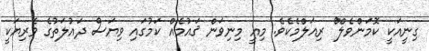
ގިނީއަކީ ކޮމަންވެލް^ް ރިއަލްމެކެވެ. މިއީ މިނިވަން ޤައުމެއް ކަމުގައި ވިޔަސް ދައުލަތުގެ ވެރިޔަކީ